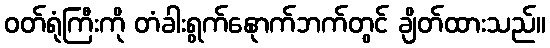
ဝတ်ရုံကြီးကို တံခါးရွက်နေုာက်ဘက်တွင် ချိတ်ထားသည်။